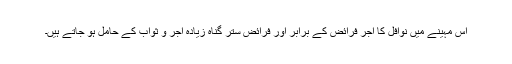
اس مہینے میں نوافل کا اجر فرائض کے برابر اور فرائض ستر گناہ زیادہ اجر و ثواب کے حامل ہو جاتے ہیں۔